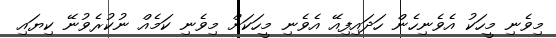
މިވެނި މީހަކު އެވެނިހެން ހަދައިފިއޭ އެވެނި މީހަކަށް މިވެނި ކަމެއް ނުކުރެވުނޭ ކިޔައި